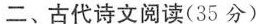
二、古代诗文阅读(35分)